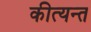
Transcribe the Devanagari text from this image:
कीत्यन्त